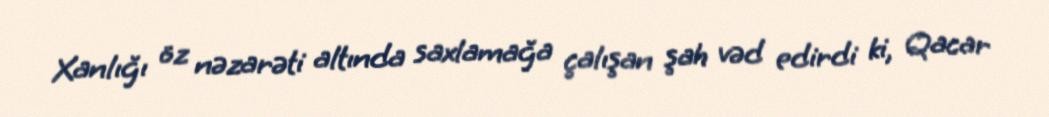
Xanlığı öz nəzarəti altında saxlamağa çalışan şah vəd edirdi ki, Qacar